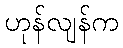
ဟုန်လျန်က